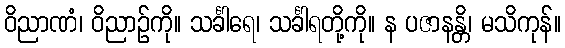
ဝိညာဏံ၊ ဝိညာဉ်ကို။ သင်္ခါရေ၊ သင်္ခါရတို့ကို။ န ပဇာနန္တိ၊ မသိကုန်။